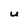
Character: U